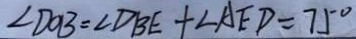
\angle D O B = \angle D B E + \angle A E D = 7 5 ^ { \circ }